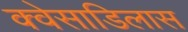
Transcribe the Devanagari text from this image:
क्वेसाडिलास